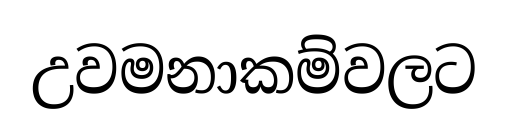
උවමනාකම්වලට